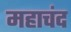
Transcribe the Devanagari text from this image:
महाचंद